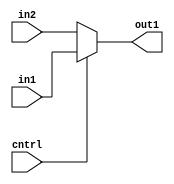
module three_bit_mux(in1,in2,cntrl,out1);
input [2:0] in1;
input [2:0] in2;

input cntrl;

output reg [2:0] out1;

always@(in1,in2,cntrl) begin
if( cntrl == 0) begin
out1 = in2;
end else begin
out1 = in1;
end
end

endmodule